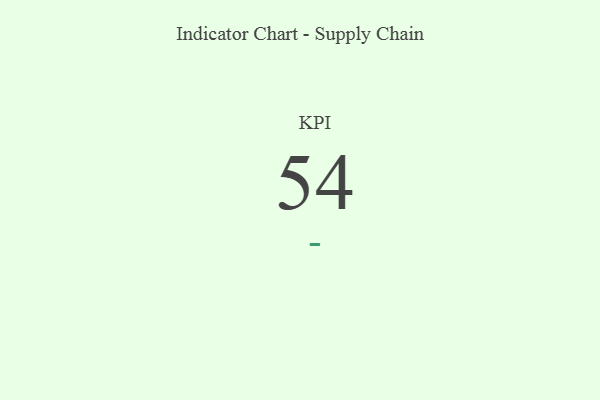
{"axis": {"x": "KPI", "y": "Value"}, "legend": [""], "data": [{"x": "KPI", "y": 54, "type": ""}]}